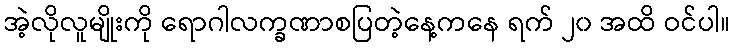
အဲ့လိုလူမျိုးကို ရောဂါလက္ခဏာစပြတဲ့နေ့ကနေ ရက် ၂၀ အထိ ဝင်ပါ။